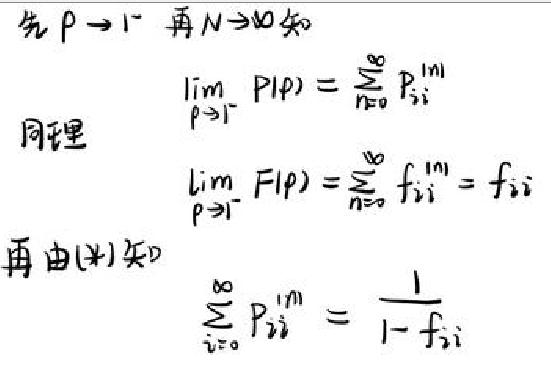
先 \(P \rightarrow 1\) 再 \(N \rightarrow \infty\) 知
\(\lim\limits_{p \rightarrow 1}PIP)=\sum\limits_{i=0}^{N}P_i^{\lim}\)
同理
\(\lim\limits_{p \rightarrow 1}FIP)=\sum\limits_{i=0}^{N}f_i^{\lim}=f_i\)
再由\((4)\)知
\(\sum\limits_{i=0}^{N}P_i^{\lim}=\frac{1}{1-f_i}\)